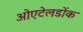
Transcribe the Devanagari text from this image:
ओएटेलडोंक